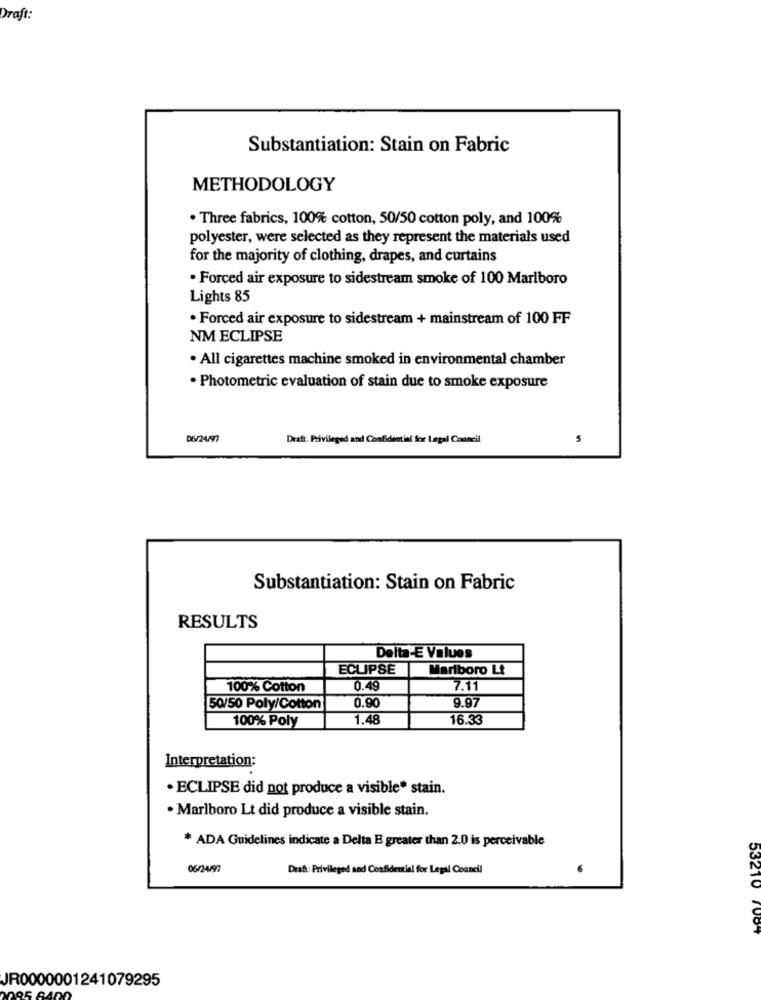
Draft:
Substantiation: Stain on Fabric
METHODOLOGY
. Three fabrics, 100% cotton, 50/50 cotton poly, and 100%
polyester, were selected as they represent the materials used
for the majority of clothing, drapes, and curtains
· Forced air exposure to sidestream smoke of 100 Marlboro
Lights 85
· Forced air exposure to sidestream + mainstream of 100 FF
NM ECLIPSE
. All cigarettes machine smoked in environmental chamber
· Photometric evaluation of stain due to smoke exposure
06/24/97
Draft: Privileged and Confidential for Legal Council
Substantiation: Stain on Fabric
RESULTS
Delta-E Values
ECLIPSE
Marlboro Lt
100% Cotton
0.49
7.11
9.97
50/50 Poly/Cotton
0.90
100% Poly
1.48
16.33
Interpretation:
· ECLIPSE did not produce a visible* stain.
· Marlboro Lt did produce a visible stain.
* ADA Guidelines indicate a Delta E greater than 2.0 is perceivable
06/24/97
Draft: Privileged and Confidential for Legal Council
53210 7084
JR0000001241079295